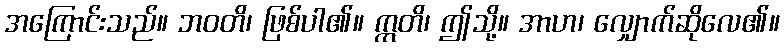
အကြောင်းသည်။ ဘဝတိ၊ ဖြစ်ပါ၏။ ဣတိ၊ ဤသို့။ အာဟ၊ လျှောက်ဆိုလေ၏။